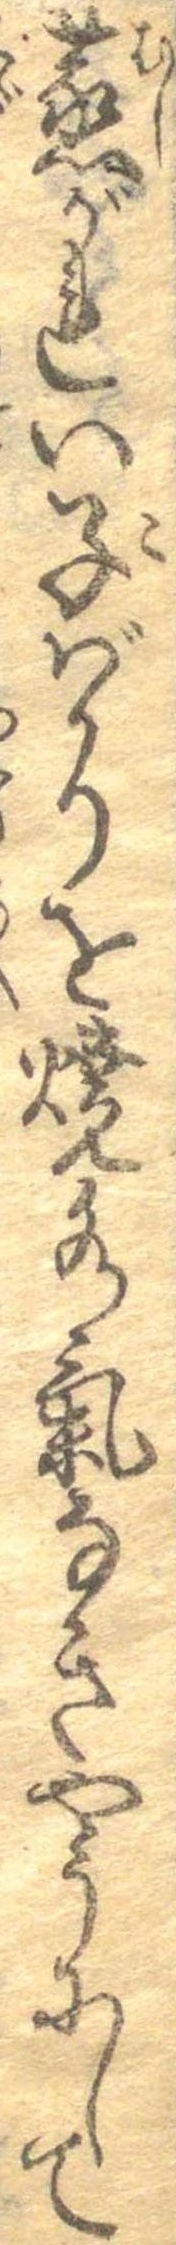
蒸がれい子ばかりを焼水気なきやうにして